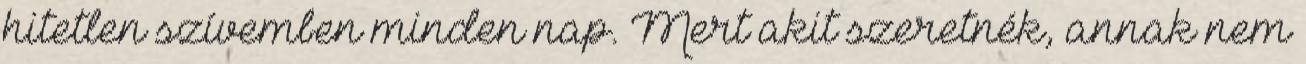
hitetlen szívemben minden nap. Mert akit szeretnék, annak nem